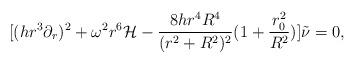
LaTeX: \begin{align*}[(h r^3 \partial_{r})^2 + \omega^2 r^6 {\mathcal H} - \frac{8 h r^4 R^4}{(r^2 + R^2)^2} ( 1 + \frac{r_{0}^2}{R^2})] \tilde{\nu} = 0,\end{align*}